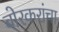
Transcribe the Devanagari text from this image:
बोरकरांचा